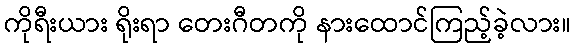
ကိုရီးယား ရိုးရာ တေးဂီတကို နားထောင်ကြည့်ခဲ့လား။